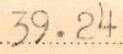
39.24